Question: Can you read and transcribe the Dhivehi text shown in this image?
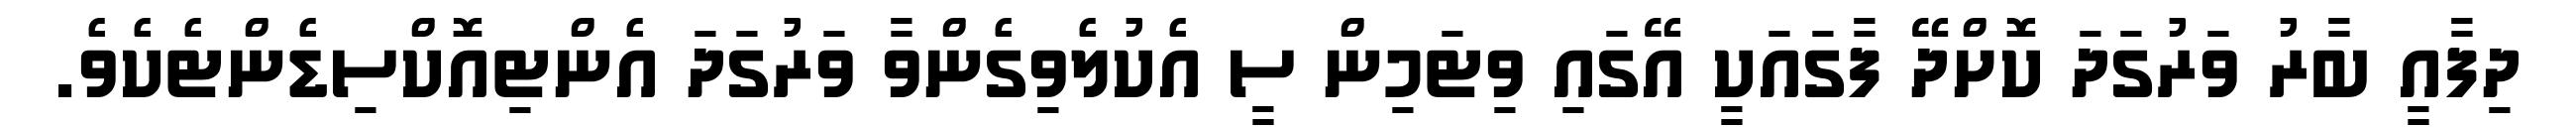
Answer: ދިފާއީ ބާރު ވަރުގަދަ ކޮށްދޭ ފާގައަކީ އޭގައި ވިޓަމިން ސީ އެކުލެވިގެންވާ ވަރުގަދަ އެންޓިއޮކްސިޑެންޓެކެވެ.